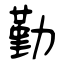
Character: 勤